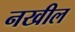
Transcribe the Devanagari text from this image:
नखील